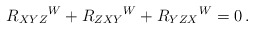
\begin{align*}R_{XYZ}{}^W+R_{ZXY}{}^W+R_{YZX}{}^W=0\,. \end{align*}